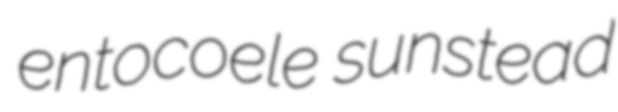
entocoele sunstead